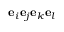
\mathbf { e } _ { i } \mathbf { e } _ { j } \mathbf { e } _ { k } \mathbf { e } _ { l }